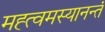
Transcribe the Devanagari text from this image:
मह्त्वमस्यानन्तं